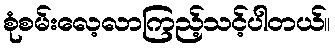
စုံစမ်းလေ့လာကြည့်သင့်ပါတယ်။